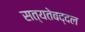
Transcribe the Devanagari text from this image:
सत्यतेबद्दल